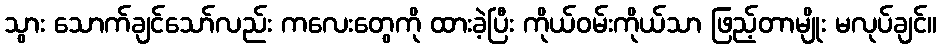
သွား သောက်ချင်သော်လည်း ကလေးတွေကို ထားခဲ့ပြီး ကိုယ်ဝမ်းကိုယ်သာ ဖြည့်တာမျိုး မလုပ်ချင်။